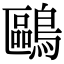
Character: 鷗